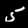
Label: 5